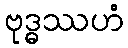
ဗုဒ္ဓဿဟံ